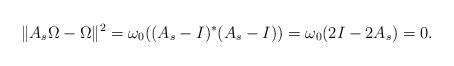
LaTeX: \begin{align*}\|A_s \Omega - \Omega\|^2=\omega_0((A_s - I)^*(A_s - I))=\omega_0(2I - 2A_s)=0.\end{align*}